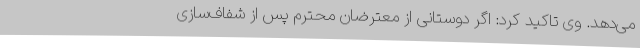
می‌دهد. وی تاکید کرد: اگر دوستانی از معترضان محترم پس از شفاف‌سازی